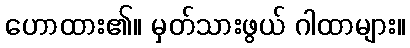
ဟောထား၏။ မှတ်သားဖွယ် ဂါထာများ။